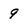
Character: 9